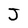
Character: J